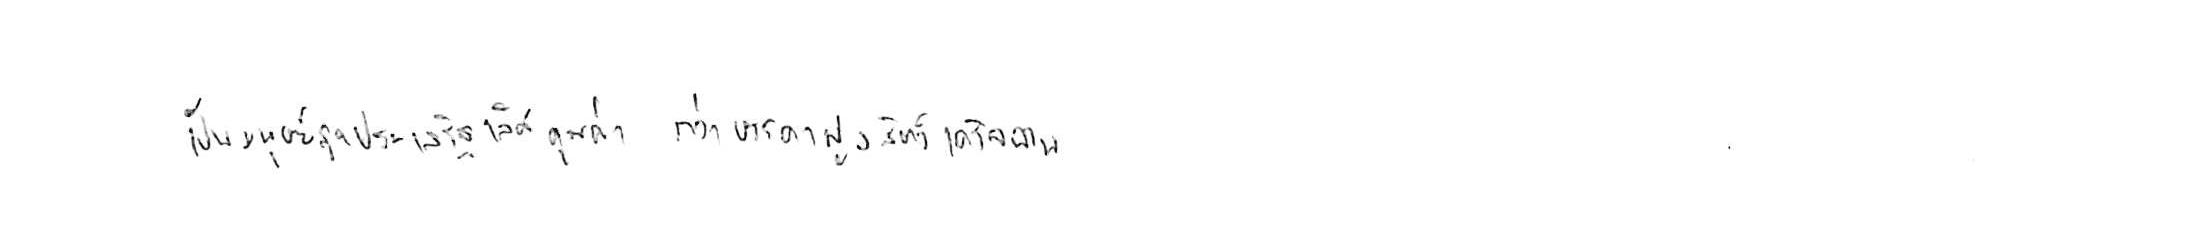
เป็นมนุษย์สุดประเสริฐเลิศคุณค่า กว่าบรรดาฝูงสัตว์เดรัจฉาน